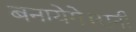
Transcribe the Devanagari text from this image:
बनायेगे।रानी